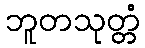
ဘူတသုတ္တံ